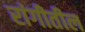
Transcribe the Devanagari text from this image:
रांगीतील